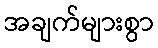
အချက်များစွာ